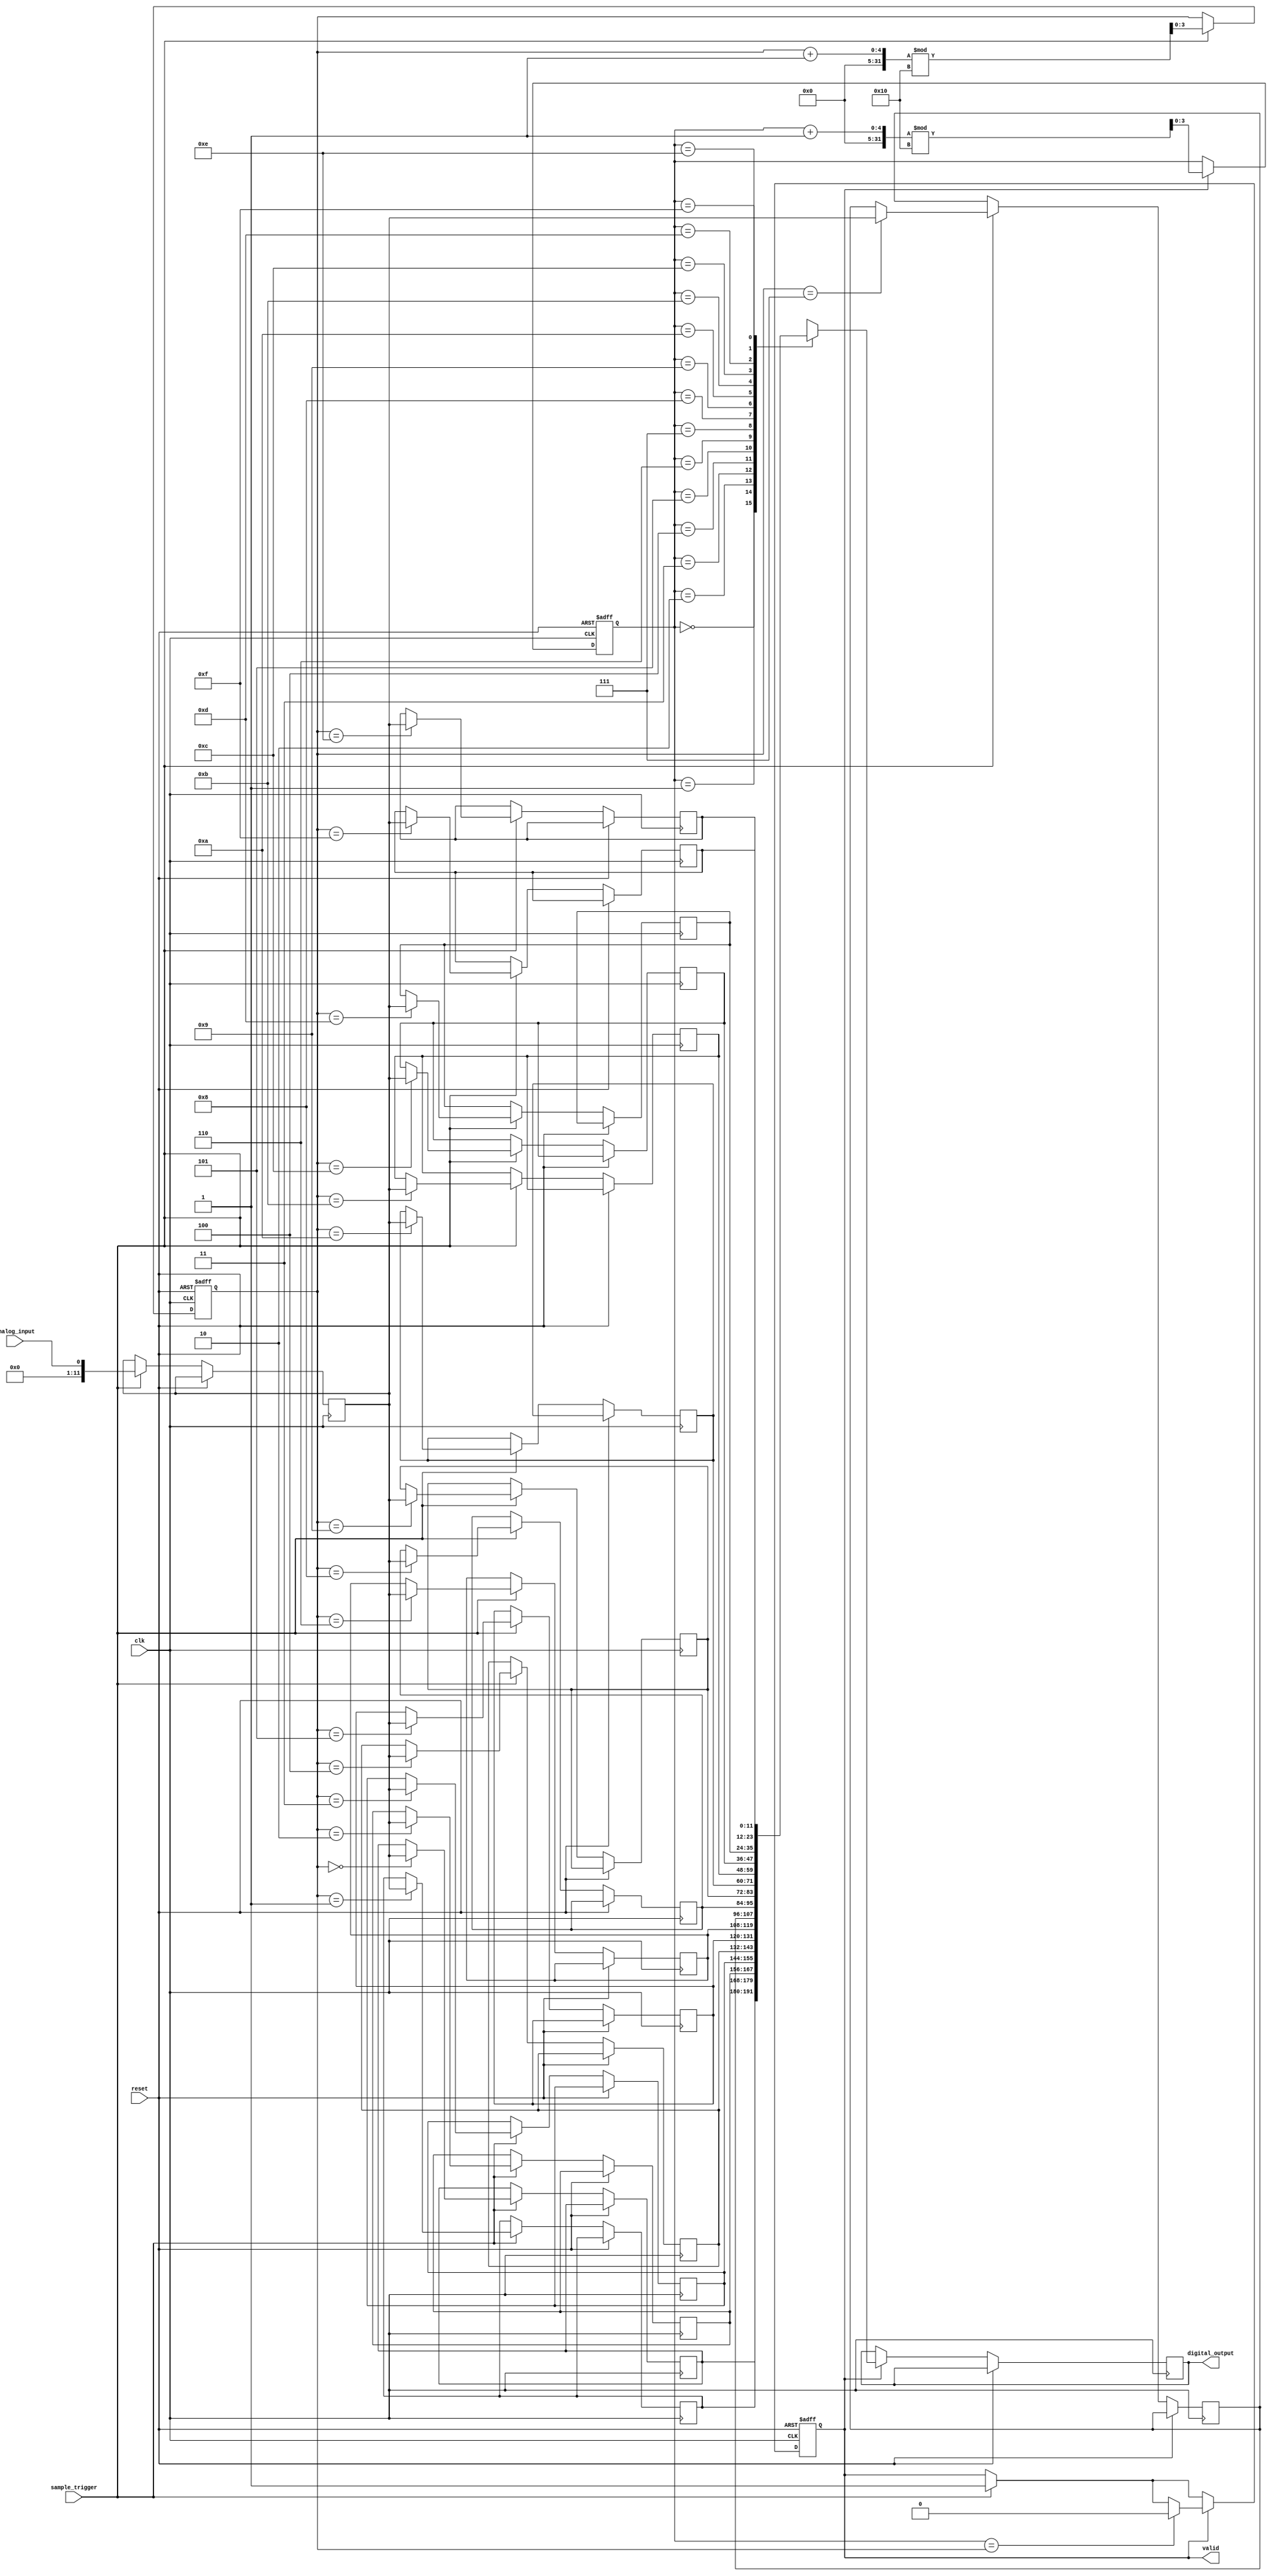
module TDC (
    input wire clk,               // System clock
    input wire reset,             // Reset signal
    input wire analog_input,       // Analog input signal (for simulation, treated as a digital signal)
    input wire sample_trigger,     // Trigger signal for sampling
    output reg [11:0] digital_output, // 12-bit digital output from ADC
    output reg valid               // Output valid signal
);

    // Parameters
    parameter SAMPLE_DEPTH = 16;  // Depth of the memory (FIFO size)
    parameter ADC_RESOLUTION = 12; // ADC resolution (12 bits)

    // Memory to store digital values
    reg [ADC_RESOLUTION-1:0] memory [0:SAMPLE_DEPTH-1];
    reg [3:0] write_pointer;       // Pointer for writing to memory
    reg [3:0] read_pointer;        // Pointer for reading from memory
    reg [3:0] sample_count;        // Count of samples taken

    // Sample and hold logic
    reg [ADC_RESOLUTION-1:0] sampled_value;

    // ADC simulation (simple quantization)
    function [ADC_RESOLUTION-1:0] adc_convert(input wire analog_value);
        begin
            // Simple quantization logic (for simulation purposes)
            adc_convert = analog_value; // Replace with actual ADC logic
        end
    endfunction

    // Control logic for sampling and memory management
    always @(posedge clk or posedge reset) begin
        if (reset) begin
            write_pointer <= 0;
            read_pointer <= 0;
            sample_count <= 0;
            valid <= 0;
        end else begin
            if (sample_trigger) begin
                // Sample the analog input and convert to digital
                sampled_value <= adc_convert(analog_input);

                // Store the sampled value in memory
                memory[write_pointer] <= sampled_value;
                write_pointer <= (write_pointer + 1) % SAMPLE_DEPTH;
                sample_count <= sample_count + 1;

                // Indicate valid output
                valid <= 1;
            end

            // Output the latest sample when requested
            if (valid) begin
                digital_output <= memory[read_pointer];
                read_pointer <= (read_pointer + 1) % SAMPLE_DEPTH;

                // Reset valid signal if all samples have been read
                if (read_pointer == write_pointer) begin
                    valid <= 0;
                end
            end
        end
    end

endmodule